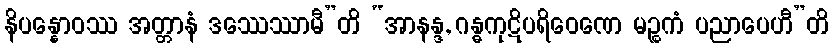
နိပန္နောဝဿ အတ္တာနံ ဒဿေဿာမီ”တိ “အာနန္ဒ, ဂန္ဓကုဋိပရိဝေဏေ မဉ္စကံ ပညာပေဟီ”တိ